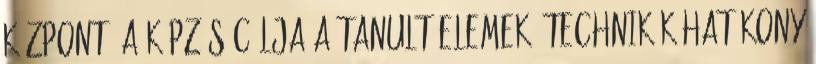
Központ. A képzés célja a tanult elemek, technikák hatékony